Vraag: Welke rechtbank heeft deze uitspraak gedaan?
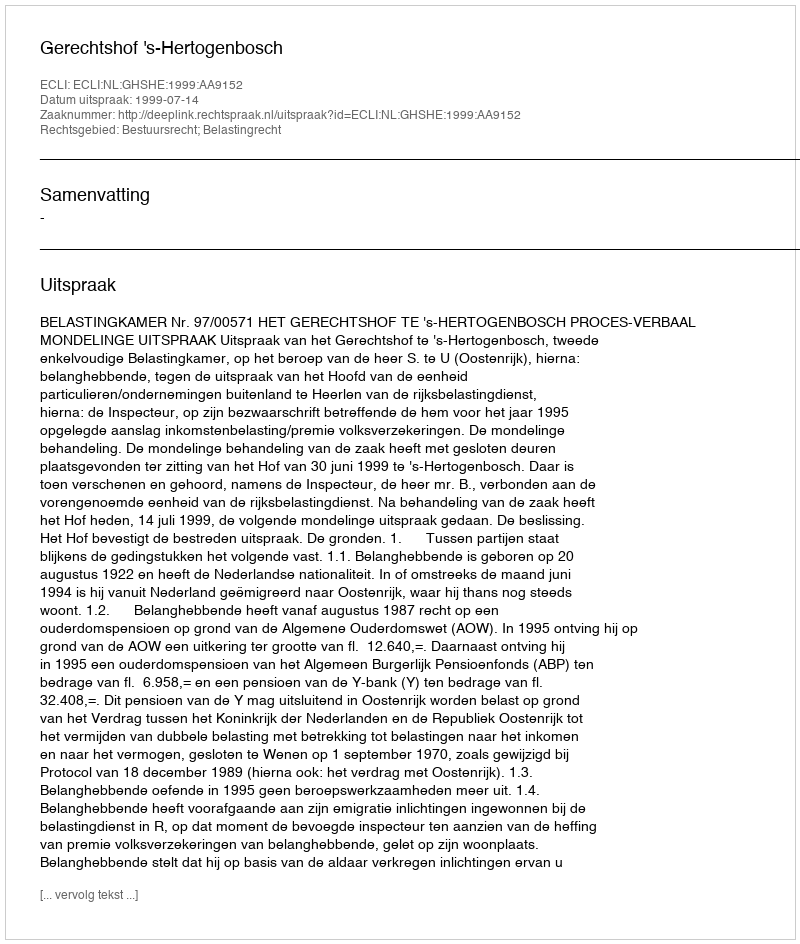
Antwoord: Gerechtshof 's-Hertogenbosch